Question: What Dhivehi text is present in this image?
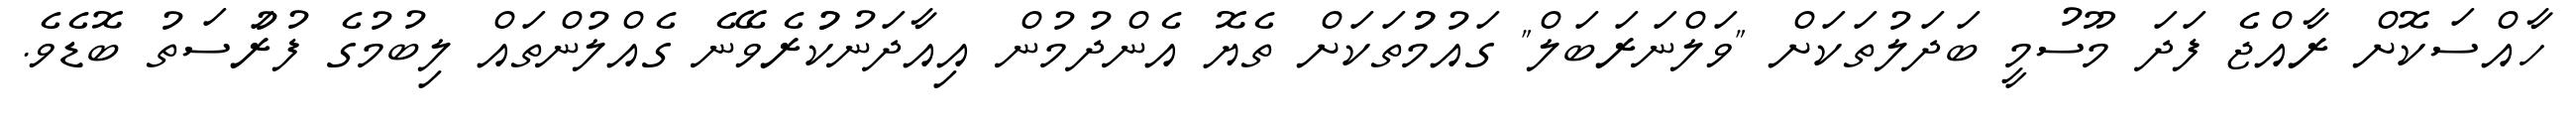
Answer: ހާއްސަކޮށް ރާއްޖެ ފަދަ މޫސުމީ ބަދަލުތަކަށް "ވަލްނަރަބަލް" ގައުމުުތަކަށް ތެޔޮ އެންދުމުން އިއާދަނުކުުރެވޭނެ ގެއްލުންތައް ލިބުމުގެ ފުރުަސަތު ބޮޑެވެ.